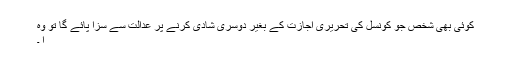
کوئی بھی شخص جو کونسل کی تحریری اجازت کے بغیر دوسری شادی کرنے پر عدالت سے سزا پائے گا تو وہ
ا ۔